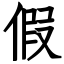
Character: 假